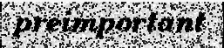
preimportant